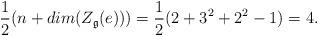
LaTeX: \begin{align*}\frac {1}{2}(n + dim(Z_{\mathfrak{g}}(e))) = \frac{1}{2}(2 + 3^2 + 2^2 - 1) = 4.\end{align*}